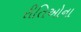
રીતિઓના